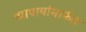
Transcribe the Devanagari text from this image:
व्यापार्यामार्फत